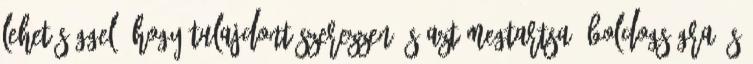
lehetőséggel, hogy tulajdont szerezzen és azt megtartsa, boldogságra és